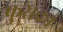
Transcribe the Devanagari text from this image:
फुसका